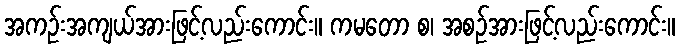
အကဉ်းအကျယ်အားဖြင့်လည်းကောင်း။ ကမတော စ၊ အစဉ်အားဖြင့်လည်းကောင်း။